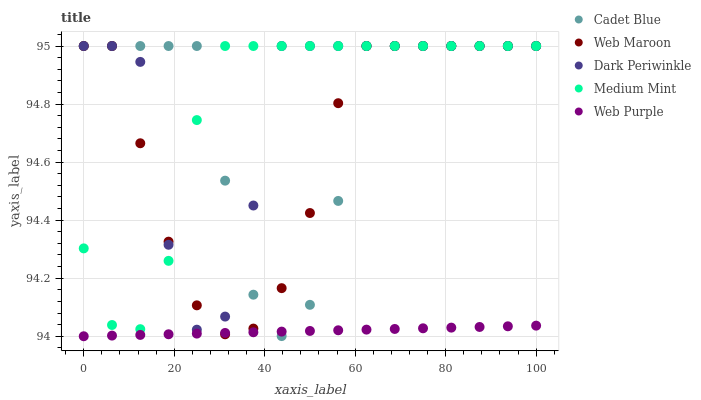
| xaxis_label | Cadet Blue | Web Maroon | Dark Periwinkle | Medium Mint | Web Purple |
 | --- | --- | --- | --- | --- | --- |
 | 0 | 95 | 95 | 95 | 94.3 | 94 |
 | 6.25 | 95 | 95 | 95 | 94 | 94 |
 | 12.5 | 95 | 94.7 | 94.9 | 94 | 94 |
 | 18.8 | 95 | 94.3 | 94.3 | 94.3 | 94 |
 | 25 | 95 | 94.1 | 94 | 94.7 | 94 |
 | 31.2 | 94.5 | 94 | 94.1 | 95 | 94 |
 | 37.5 | 94.1 | 94 | 94.5 | 95 | 94 |
 | 43.8 | 94 | 94.2 | 95 | 95 | 94 |
 | 50 | 94.1 | 94.4 | 95 | 95 | 94 |
 | 56.2 | 94.5 | 94.8 | 95 | 95 | 94 |
 | 62.5 | 95 | 95 | 95 | 95 | 94 |
 | 68.8 | 95 | 95 | 95 | 95 | 94 |
 | 75 | 95 | 95 | 95 | 95 | 94 |
 | 81.2 | 95 | 95 | 95 | 95 | 94 |
 | 87.5 | 95 | 95 | 95 | 95 | 94 |
 | 93.8 | 95 | 95 | 95 | 95 | 94 |
 | 100 | 95 | 95 | 95 | 95 | 94 |